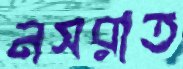
নসরাত